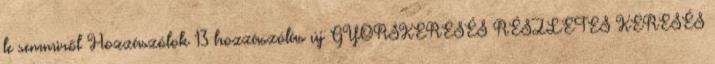
le semmiről Hozzászólok 13 hozzászólás új GYORSKERESÉS RÉSZLETES KERESÉS